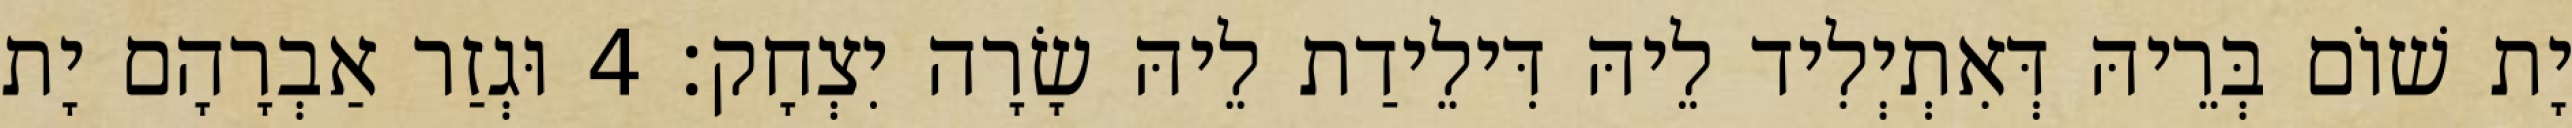
יָת שׁוֹם בְּרֵיהּ דְּאִתְיְלִיד לֵיהּ דִּילֵידַת לֵיהּ שָׂרָה יִצְחָק׃ 4 וּגְזַר אַבְרָהָם יָת